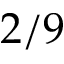
2 / 9